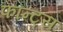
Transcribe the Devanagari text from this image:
फॉन्ट्‌स